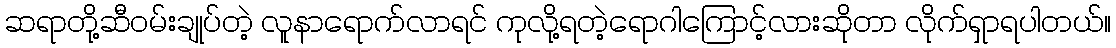
ဆရာတို့ဆီဝမ်းချုပ်တဲ့ လူနာရောက်လာရင် ကုလို့ရတဲ့ရောဂါကြောင့်လားဆိုတာ လိုက်ရှာရပါတယ်။